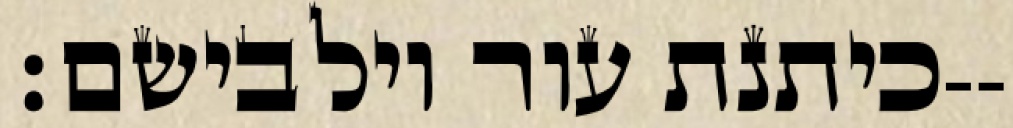
כיתנת עור וילבישם׃--